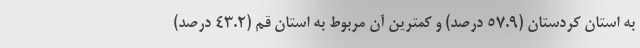
به استان کردستان (٥٧.٩ درصد) و کمترین آن مربوط به استان قم (٤٣.٢ درصد)